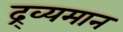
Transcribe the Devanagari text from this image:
द्र्व्यमान